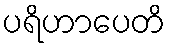
ပရိဟာပေတိ